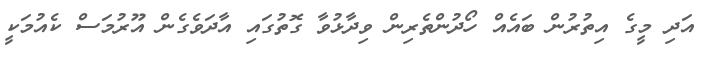
އަދި މީގެ އިތުރުން ބައެއް ހޯދުންތެރިން ވިދާޅުވާ ގޮތުގައި އާދަވެގެން އޫރުމަސް ކެއުމަކީ